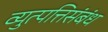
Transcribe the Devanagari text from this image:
व्युत्पत्तिसंबंध